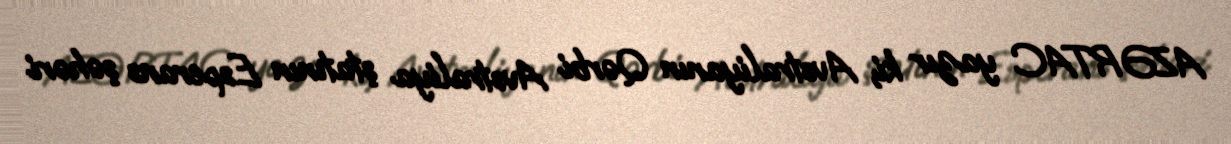
AZƏRTAC yazır ki, Avstraliyanın Qərbi Avstraliya ştatının Esperans şəhəri